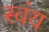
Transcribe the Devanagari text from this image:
स्‍वंय